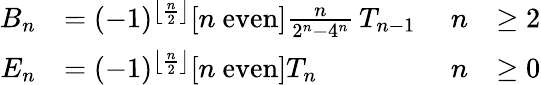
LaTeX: {\begin{array}{rlrl}{B_{n}}&{=(-1)^{\left\lfloor{\frac{n}{2}}\right\rfloor}[n{\mathrm{~even}}]{\frac{n}{2^{n}-4^{n}}}\, T_{n-1}\ }&{n}&{\geq 2}\\ {E_{n}}&{=(-1)^{\left\lfloor{\frac{n}{2}}\right\rfloor}[n{\mathrm{~even}}]T_{n}}&{n}&{\geq 0}\end{array}}